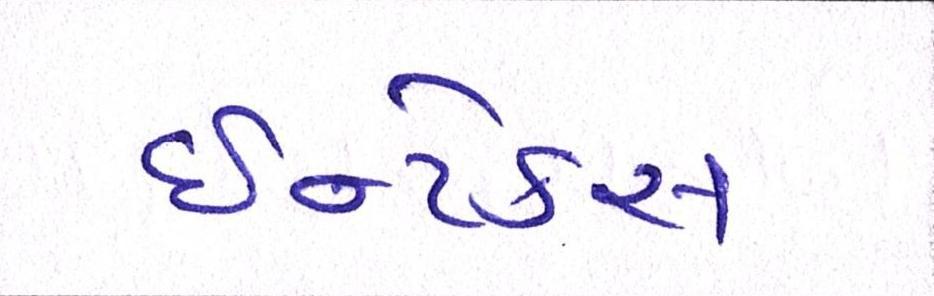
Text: ઈન્ટેક્સ